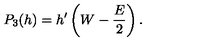
P _ { 3 } ( h ) = h ^ { \prime } \left( W - \frac { E } { 2 } \right) .